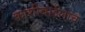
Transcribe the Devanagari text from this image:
काशीबाईलाच